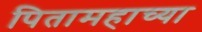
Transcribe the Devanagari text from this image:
पितामहाच्या